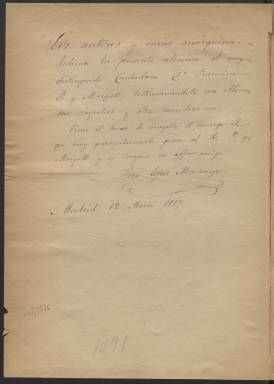
Título: ¡Verán ustedes!
Colección: Periódicos
Ámbito geográfico: Madrid
Lugar de publicación: Madrid
Fechas: 02/02/1885-13/10/1886